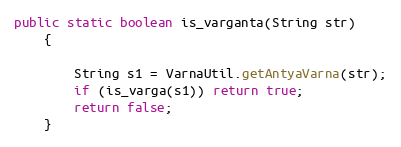
Language: Java
public static boolean is_varganta(String str)
    {

        String s1 = VarnaUtil.getAntyaVarna(str);
        if (is_varga(s1)) return true;
        return false;
    }